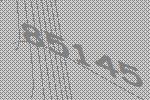
85145